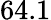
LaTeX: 64.1